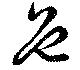
色